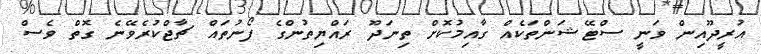
އުރީދޫއިން ވަނީ ސްޓޭޝަންތަކެއް ގާއިމުކޮށް ތިނަދޫ ރައްޔިތުންގެ ފޯނުތައް ޗާޖްކުރެވޭނެ ގޮތް ވެސް